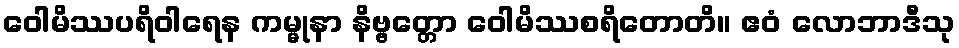
ဝေါမိဿပရိဝါရေန ကမ္မုနာ နိဗ္ဗတ္တော ဝေါမိဿစရိတောတိ။ ဧဝံ လောဘာဒီသု